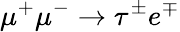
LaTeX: \mu^{+}\mu^{-}\to\tau^{\pm}e^{\mp}